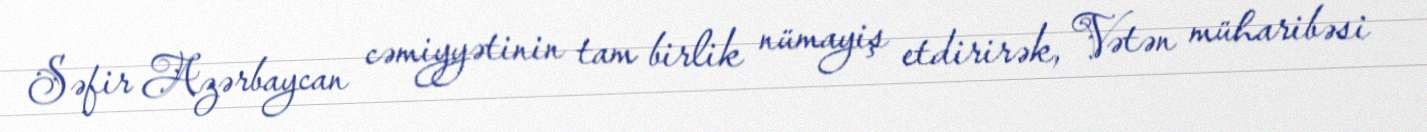
Səfir Azərbaycan cəmiyyətinin tam birlik nümayiş etdirirək, Vətən müharibəsi